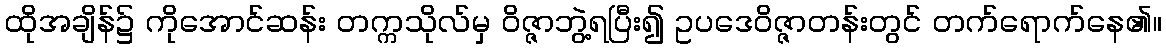
ထိုအချိန်၌ ကိုအောင်ဆန်း တက္ကသိုလ်မှ ဝိဇ္ဇာဘွဲ့ရပြီး၍ ဥပဒေဝိဇ္ဇာတန်းတွင် တက်ရောက်နေ၏။